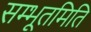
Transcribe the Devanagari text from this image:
सम्भूतमिति